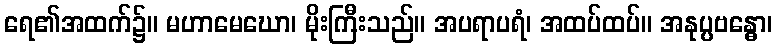
ရေ၏အထက်၌။ မဟာမေဃော၊ မိုးကြီးသည်။ အပရာပရံ၊ အထပ်ထပ်။ အနုပ္ပဗန္ဓော၊